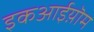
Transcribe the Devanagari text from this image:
इकआईय़ॊम